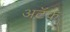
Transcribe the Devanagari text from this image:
अटॅक